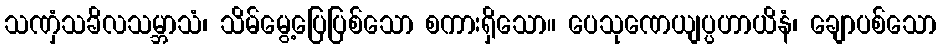
သဏှံသခိလသမ္ဘာသံ၊ သိမ်မွေ့ပြေပြစ်သော စကားရှိသော။ ပေသုဏေယျပ္ပဟာယိနံ၊ ချောပစ်သော